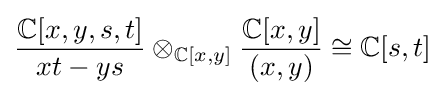
{\frac {\mathbb {C} [x,y,s,t]}{xt-ys}}\otimes _{\mathbb {C} [x,y]}{\frac {\mathbb {C} [x,y]}{(x,y)}}\cong \mathbb {C} [s,t]